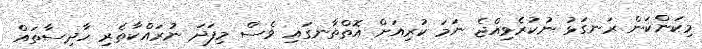
މިކަންކަން ރަނގަޅު ނުކުރެވިއްޖެ ނަމަ ކުރިއަށް އޮތްްތާނގައި ވެސް މިފަދަ ނުރައްކާތެރި ހާދިސާތައް